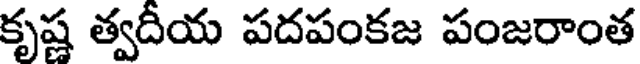
కృష్ణ త్వదీయ పదపంకజ పంజరాంత